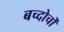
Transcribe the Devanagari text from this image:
बच्दोचों